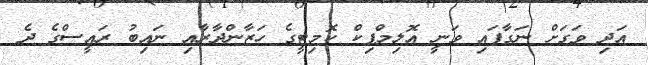
އަދި ވަގަށް ނަގާފައި ވަނީ އޮލިމްޕިކް ކޮމިޓީގެ ހަޒާންދާރާއި ނައިބު ރައީސްގެ ދެ